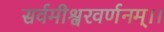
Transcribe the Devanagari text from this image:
सर्वमीश्वरवर्णनम्।।